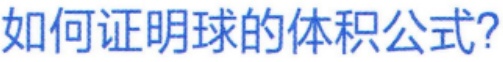
如何证明球的体积公式?